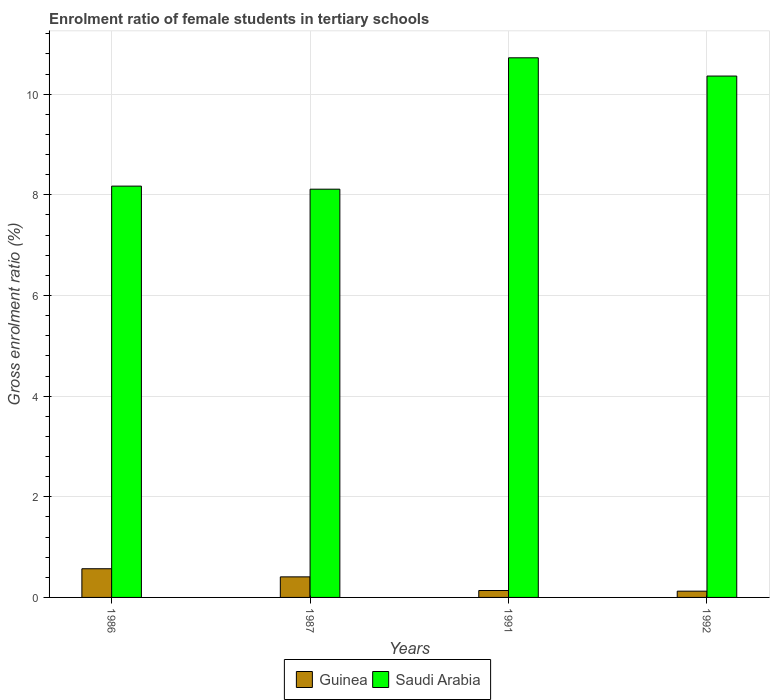
| Years | Guinea | Saudi Arabia |
 | --- | --- | --- |
 | 1986 | 0.57 | 8.17 |
 | 1987 | 0.409 | 8.11 |
 | 1991 | 0.138 | 10.7 |
 | 1992 | 0.125 | 10.4 |